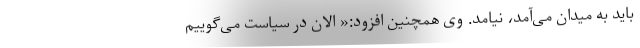
باید به میدان می‌آمد، نیامد. وی همچنین افزود:« الان در سیاست می‌گوییم